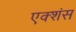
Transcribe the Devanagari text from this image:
एक्शंस